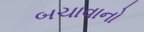
બચાવાનો